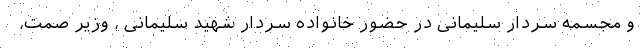
و مجسمه سردار سلیمانی در حضور خانواده سردار شهید سلیمانی ، وزیر صمت،